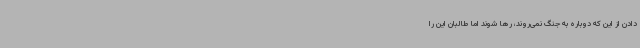
دادن از این که دوباره به جنگ نمی‌روند، رها شوند اما طالبان این را